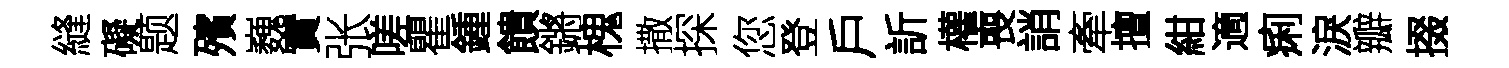
縫礙题殯巍實张嗟瞿鍾饋鏘槐撒探您登戶訢權喪誚牽擅紺適痢淚瓣掇